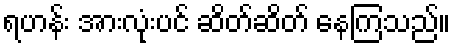
ရဟန်း အားလုံးပင် ဆိတ်ဆိတ် နေကြသည်။